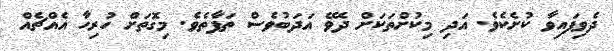
ދެވިފައިވާ ކުށެކެވެ. އަދި މިކުށްތަކަށް ދެވޭ އަދަބުވެސް ތަފާތެވެ. މިގޮތަށް ހުރިހާ އެއްޗެއް